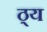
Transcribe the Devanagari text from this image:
ठ्य